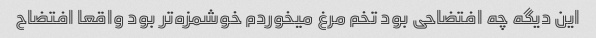
این دیگه چه افتضاحی بود تخم مرغ میخوردم خوشمزه‌تر بود واقعا افتضاح